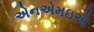
એનએમઇએ